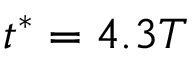
t ^ { * } = 4 . 3 T